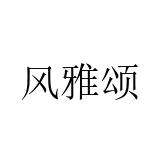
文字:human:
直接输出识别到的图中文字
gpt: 风雅颂